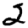
Digit: 2